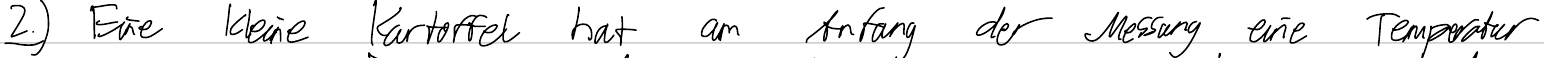
2.) Eine kleine Kartoffel hat am Anfang der Messung eine Temperatur